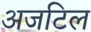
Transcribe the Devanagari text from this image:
अजटिल